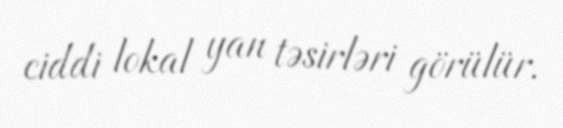
ciddi lokal yan təsirləri görülür.